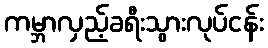
ကမ္ဘာလှည့်ခရီးသွားလုပ်ငန်း